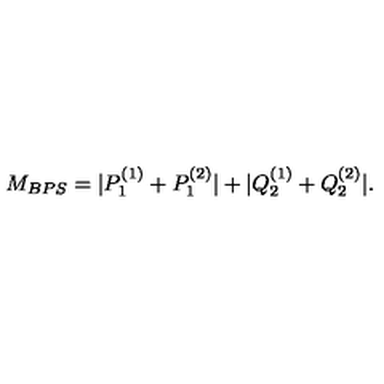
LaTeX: M _ { B P S } = | P _ { 1 } ^ { ( 1 ) } + P _ { 1 } ^ { ( 2 ) } | + | Q _ { 2 } ^ { ( 1 ) } + Q _ { 2 } ^ { ( 2 ) } | .